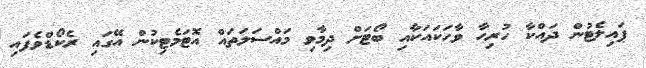
ޕައިލެޓުން ދައްކާ ހުރިހާ ވާހަކައަކާއި ބޯޓަށް ދިމާވި މައްސަލަތައް އޮޓަމެޓިކުން އޭގައި ރެކޯޑްވެފައި